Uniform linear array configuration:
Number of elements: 24
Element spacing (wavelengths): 0.75
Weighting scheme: hamming
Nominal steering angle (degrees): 60
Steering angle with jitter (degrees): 59.503
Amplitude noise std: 0.05
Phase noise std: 0.05

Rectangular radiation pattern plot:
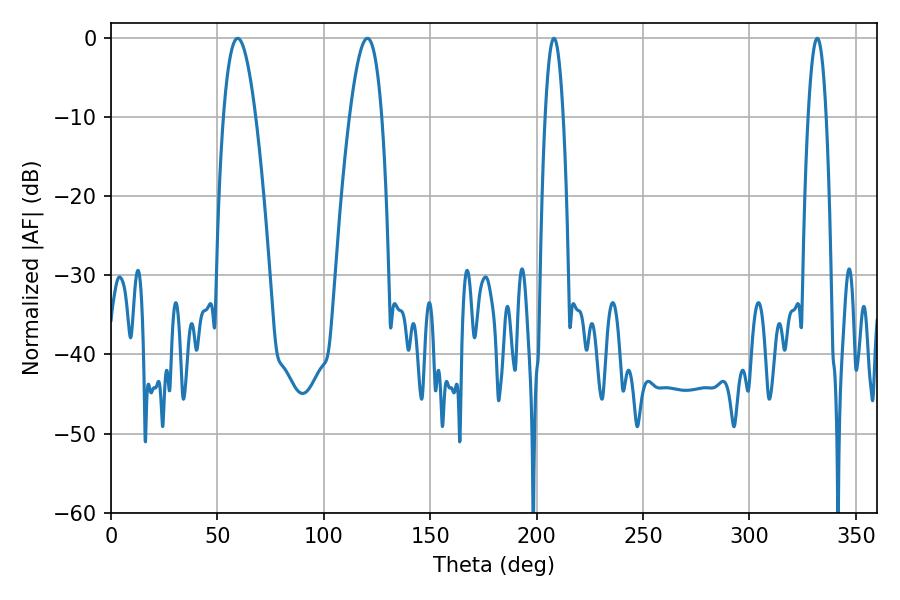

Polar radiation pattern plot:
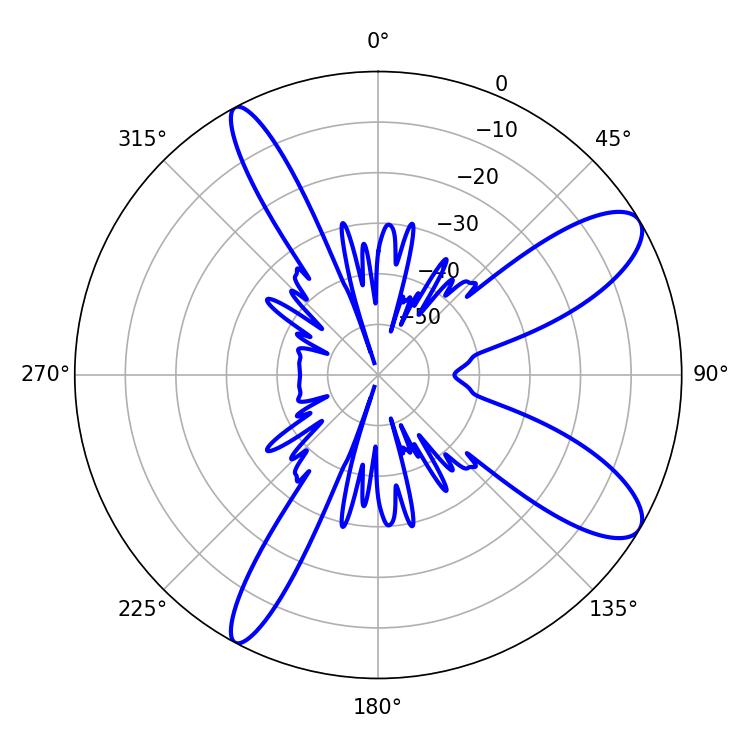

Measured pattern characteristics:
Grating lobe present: TRUE
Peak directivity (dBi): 10.295
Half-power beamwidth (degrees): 8.28
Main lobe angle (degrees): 59.58